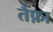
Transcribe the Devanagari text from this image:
तैफ़ा